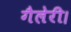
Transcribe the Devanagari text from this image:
गैलेरी।